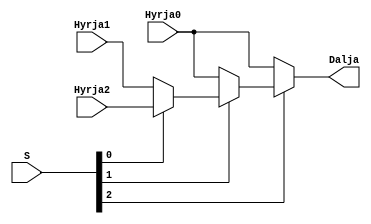
`timescale 1ns / 1ps
//////////////////////////////////////////////////////////////////////////////////
// Company: 
// Engineer: 
// 
// Design Name: 
// Module Name: mux3n1
// Project Name: 
// Target Devices: 
// Tool Versions: 
// Description: 
// 
// Dependencies: 
// 
// Revision:
// Revision 0.01 - File Created
// Additional Comments:
// 
//////////////////////////////////////////////////////////////////////////////////


module mux3n1(
    input [15:0] Hyrja0, //Tjerat
    input [15:0] Hyrja1, //SLL
    input [15:0] Hyrja2, //SRA
    input [2:0] S,
    output [15:0] Dalja
    );
    
// 000 HYRJA0
// 001 HYRJA1
// 010 HYRJA2
// 011 HYRJA3
// 100 HYRJA4
// 101 HYRJA5
// 110 HYRJA6 SLL
// 111 HYRJA7 SRA

assign Dalja = S[2] ? (S[1]? (S[0] ? Hyrja2 : Hyrja1) : (S[0] ? Hyrja0 : Hyrja0)) : (S[1] ? (S[0] ? Hyrja0 : Hyrja0) : (S[0] ? Hyrja0 : Hyrja0));
endmodule